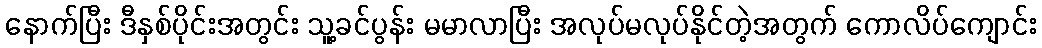
နောက်ပြီး ဒီနှစ်ပိုင်းအတွင်း သူ့ခင်ပွန်း မမာလာပြီး အလုပ်မလုပ်နိုင်တဲ့အတွက် ကောလိပ်ကျောင်း